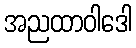
အညထာဝါဒေါ